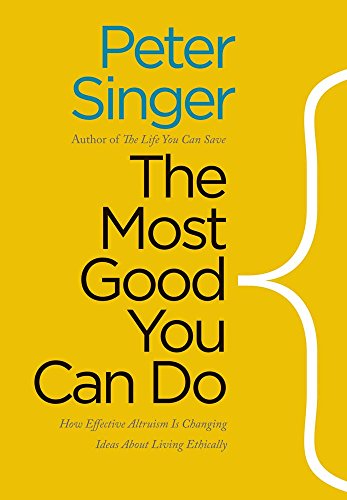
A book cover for The Most Good You Can Do: How Effective Altruism Is Changing Ideas About Living Ethically; Peter Singer; Politics & Social Sciences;